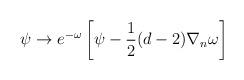
LaTeX: \begin{align*}\psi\rightarrow e^{-\omega}\left[\psi-\frac{1}{2}(d-2)\nabla_{n}\omega\right]\end{align*}